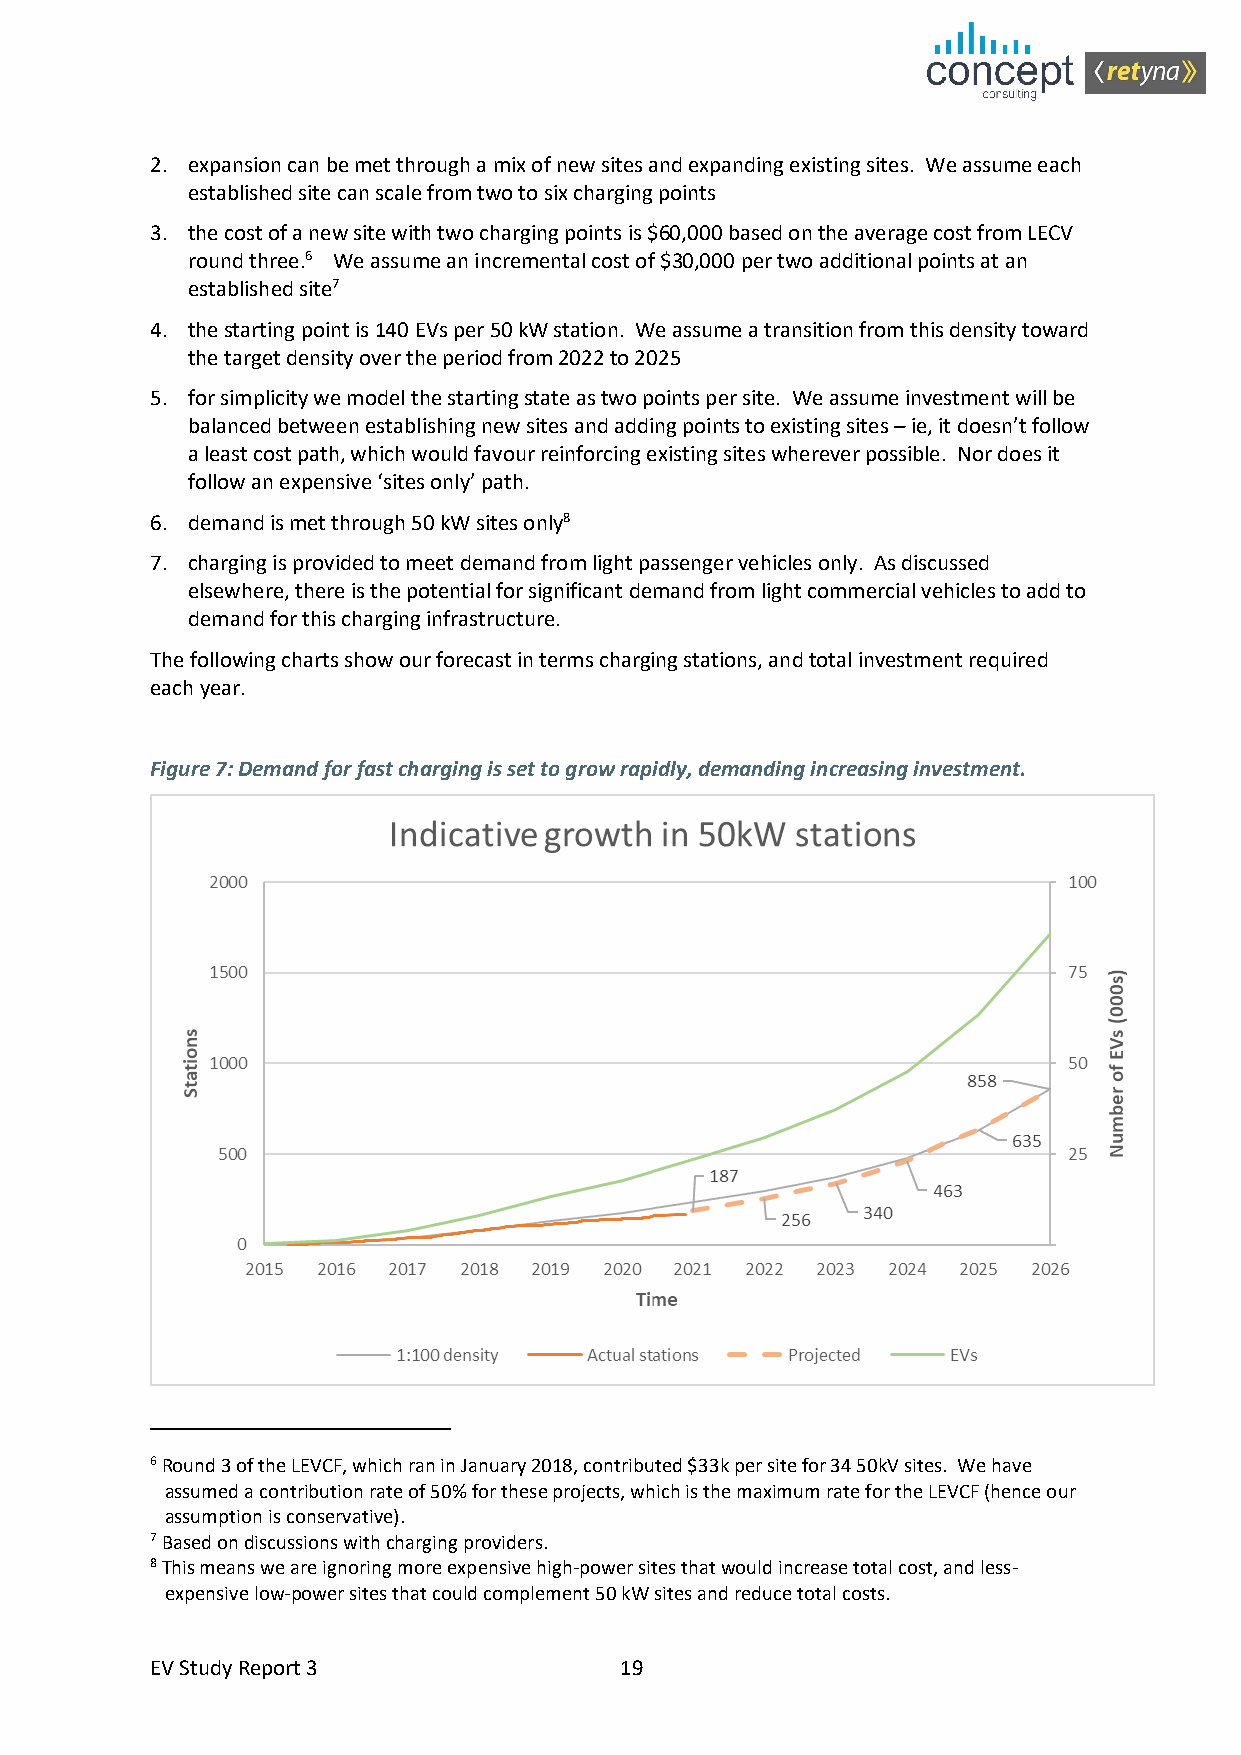
2. expansion can be met through a mix of new sites and expanding existing sites. We assume each
 established site can scale from two to six charging points
 3. the cost of a new site with two charging points is $60,000 based on the average cost from LECV
 round three.6 We assume an incremental cost of $30,000 per two additional points at an
 established site7
 4. the starting point is 140 EVs per 50 kW station. We assume a transition from this density toward
 the target density over the period from 2022 to 2025
 5. for simplicity we model the starting state as two points per site. We assume investment will be
 balanced between establishing new sites and adding points to existing sites – ie, it doesn’t follow
 a least cost path, which would favour reinforcing existing sites wherever possible. Nor does it
 follow an expensive ‘sites only’ path.
 6. demand is met through 50 kW sites only8
 7. charging is provided to meet demand from light passenger vehicles only. As discussed
 elsewhere, there is the potential for significant demand from light commercial vehicles to add to
 demand for this charging infrastructure.
 The following charts show our forecast in terms charging stations, and total investment required
 each year.
 Figure 7: Demand for fast charging is set to grow rapidly, demanding increasing investment.
 6 Round 3 of the LEVCF, which ran in January 2018, contributed $33k per site for 34 50kV sites. We have
 assumed a contribution rate of 50% for these projects, which is the maximum rate for the LEVCF (hence our
 assumption is conservative).
 7 Based on discussions with charging providers.
 8 This means we are ignoring more expensive high-power sites that would increase total cost, and less-
 expensive low-power sites that could complement 50 kW sites and reduce total costs.
 EV Study Report 3              19